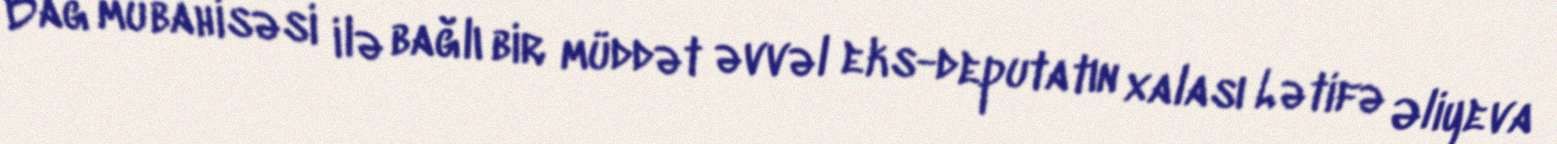
Bağ mübahisəsi ilə bağlı bir müddət əvvəl eks-deputatın xalası Lətifə Əliyeva